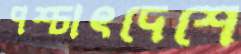
পশ্চাৎদেশে